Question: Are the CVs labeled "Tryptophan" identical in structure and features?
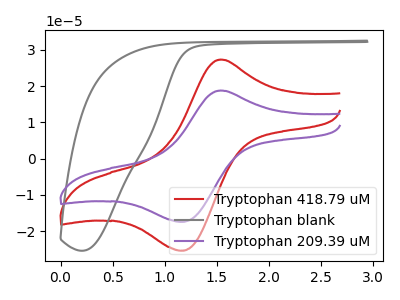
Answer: <think>The red curve "Tryptophan 418.79 uM" has an anodic peak at (1.55V, 27.30uA) and a cathodic peak at (1.15V, -25.35uA). The gray curve "Tryptophan blank" has no peaks. The purple curve "Tryptophan 209.39 uM" has an anodic peak at (1.55V, 18.75uA) and a cathodic peak at (1.15V, -17.40uA).
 "Tryptophan 418.79 uM" and "Tryptophan blank" have a different number of peaks. All the peaks in "Tryptophan 418.79 uM" have a peak in "Tryptophan 209.39 uM" at the same potential. Every peak in "Tryptophan 418.79 uM" is higher than every peak in "Tryptophan 209.39 uM". "Tryptophan blank" and "Tryptophan 209.39 uM" have a different number of peaks.</think>
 <answer>All the CV's of "Tryptophan" have similar shape.</answer>
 <eval>follow_rule</eval>